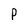
Character: P